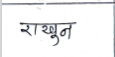
मजकूर: राखून